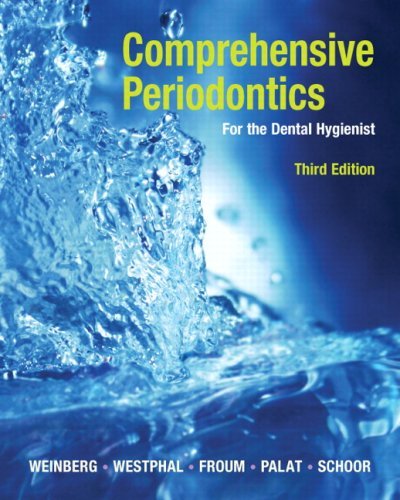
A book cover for By Mea A. Weinberg - Comprehensive Periodontics for the Dental Hygienist: 3rd (third) Edition; Cheryl Westphal, Milton Palat, Stuart Froum, Robert Schoor Mea A. Weinberg; Medical Books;